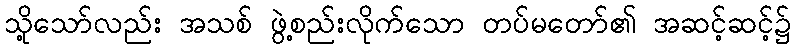
သို့သော်လည်း အသစ် ဖွဲ့စည်းလိုက်သော တပ်မတော်၏ အဆင့်ဆင့်၌